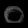
Digit: ၀